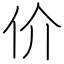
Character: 价